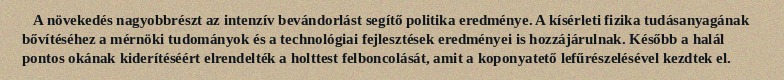
A növekedés nagyobbrészt az intenzív bevándorlást segítő politika eredménye. A kísérleti fizika tudásanyagának bővítéséhez a mérnöki tudományok és a technológiai fejlesztések eredményei is hozzájárulnak. Később a halál pontos okának kiderítéséért elrendelték a holttest felboncolását, amit a koponyatető lefűrészelésével kezdtek el.